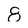
Character: 8